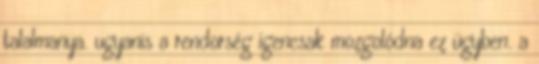
talalmanya. ugyanis a rendorség igencsak mozgolódna ez ügyben. a